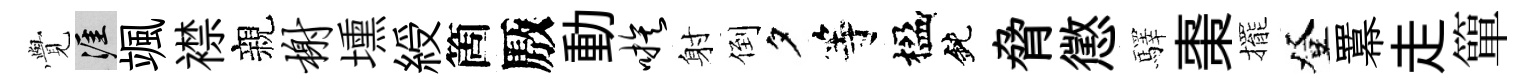
𮗜涯颯襟親榭壎綬箇厫動嗾射倒夕等楹鈍脅懲驛棗擺登羃走簞